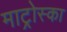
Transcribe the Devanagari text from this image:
माट्रोस्का